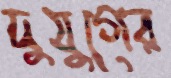
দুযুগের